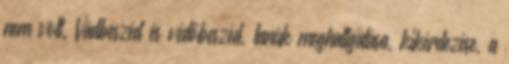
nem volt. Vádbeszéd és védőbeszéd, tanúk meghallgatása, kikérdezése, a